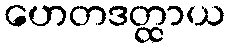
ဟေတဒတ္ထာယ